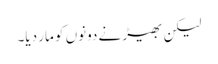
لیکن بھیڑ نے دونوں کو مار دیا۔